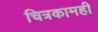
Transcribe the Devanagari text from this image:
चित्रकामही